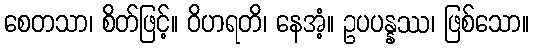
စေတသာ၊ စိတ်ဖြင့်။ ဝိဟရတိ၊ နေအံ့။ ဥပပန္နဿ၊ ဖြစ်သော။